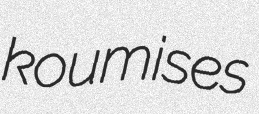
koumises